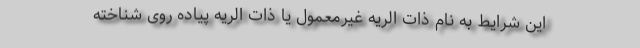
این شرایط به نام ذات الریه غیرمعمول یا ذات الریه پیاده روی شناخته